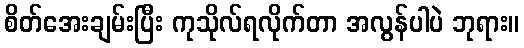
စိတ်အေးချမ်းပြီး ကုသိုလ်ရလိုက်တာ အလွန်ပါပဲ ဘုရား။